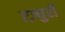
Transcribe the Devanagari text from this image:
एज़्युरी